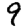
Digit: 9